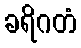
ခရိဂတံ